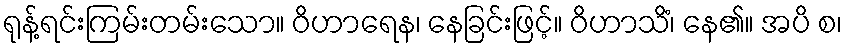
ရုန့်ရင်းကြမ်းတမ်းသော။ ဝိဟာရေန၊ နေခြင်းဖြင့်။ ဝိဟာသိံ၊ နေ၏။ အပိ စ၊